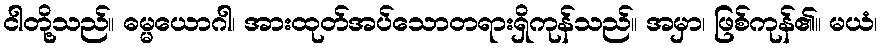
ငါတို့သည်။ ဓမ္မယောဂါ၊ အားထုတ်အပ်သောတရားရှိကုန်သည်။ အမှာ၊ ဖြစ်ကုန်၏။ မယံ၊